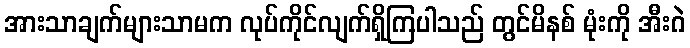
အားသာချက်များသာမက လုပ်ကိုင်လျက်ရှိကြပါသည် တွင်မိနစ် မုံးကို အီးဂဲ